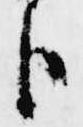
臣